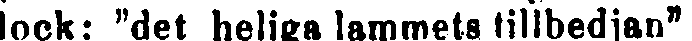
dock: "det heliga lammets tillbedjan"